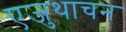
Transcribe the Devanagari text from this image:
एजुथाचन